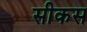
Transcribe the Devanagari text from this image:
सीकस